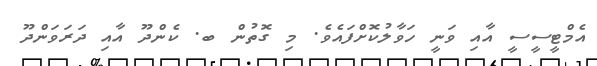
އެމްޓީސީސީ އާއި ވަނީ ހަވާލުކޮށްފައެވެ. މި ގޮތުން ބ. ކެންދޫ އާއި ދަރަވަންދޫ